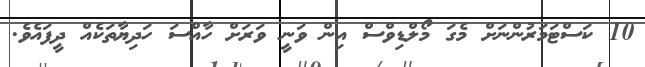
10 ކަސްޓަމަރުންނަށް މެގަ މޯލްޑިވްސް އިން ވަނީ ވަރަށް ހާއްސަ ހަދިޔާތަކެއް ދީފައެވެ.